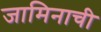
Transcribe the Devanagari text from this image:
जामिनाची